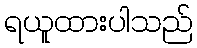
ရယူထားပါသည်